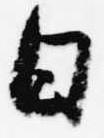
日